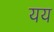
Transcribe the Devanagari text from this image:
यय